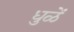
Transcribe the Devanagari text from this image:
धुळें